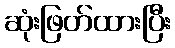
ဆုံးဖြတ်ထားပြီး